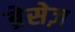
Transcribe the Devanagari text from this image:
ब्रेसेज़